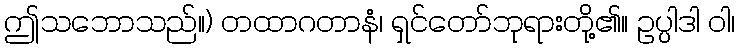
ဤသဘောသည်။) တထာဂတာနံ၊ ရှင်တော်ဘုရားတို့၏။ ဥပ္ပါဒါ ဝါ၊